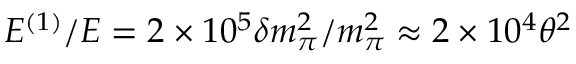
E ^ { ( 1 ) } / E = 2 \times 1 0 ^ { 5 } \delta m _ { \pi } ^ { 2 } / m _ { \pi } ^ { 2 } \approx 2 \times 1 0 ^ { 4 } \theta ^ { 2 }